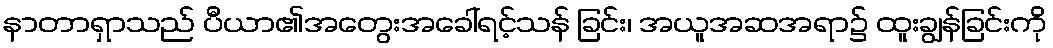
နာတာရှာသည် ပီယာ၏အတွေးအခေါ်ရင့်သန် ခြင်း၊ အယူအဆအရာ၌ ထူးချွန်ခြင်းကို